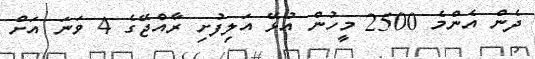
ދެން އެންމެ 2500 މީހުން އުޅޭ އަލިފުށި ރާއްޖޭގެ 4 ވަނަ އަށް